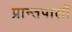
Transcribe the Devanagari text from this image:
प्रान्तपालों